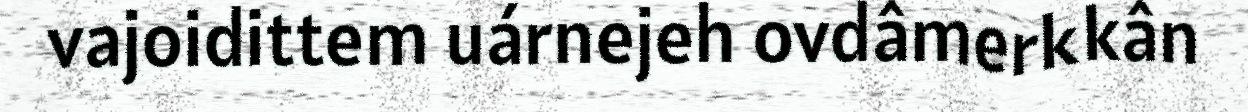
vajoidittem uárnejeh ovdâmerkkân